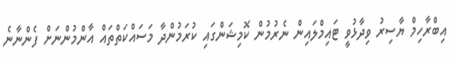
އިބްރާހިމް ޔާސިރު ވިދާޅުވީ ޓައިމްލައިން ނެރުމުން ކޮމިޝަންގައި ކުރަމުންދާ މަސައްކަތްތައް އާންމުންނަށް ފެންނާނެ